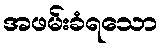
အဖမ်းခံရသော